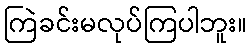
ကြဲခင်းမလုပ်ကြပါဘူး။